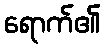
ရောက်၏